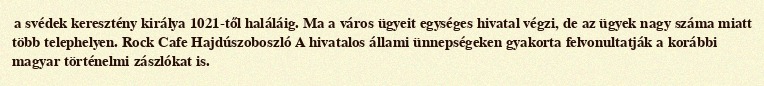
a svédek keresztény királya 1021-től haláláig. Ma a város ügyeit egységes hivatal végzi, de az ügyek nagy száma miatt több telephelyen. Rock Cafe Hajdúszoboszló A hivatalos állami ünnepségeken gyakorta felvonultatják a korábbi magyar történelmi zászlókat is.